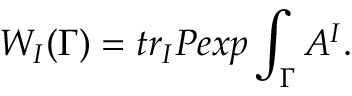
W _ { I } ( \Gamma ) = t r _ { I } P e x p \int _ { \Gamma } A ^ { I } .